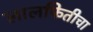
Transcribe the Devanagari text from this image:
लालफितीचा